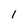
Character: l